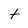
Character: t